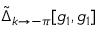
\tilde { \Delta } _ { k \to - \pi } [ g _ { 1 } , g _ { 1 } ]